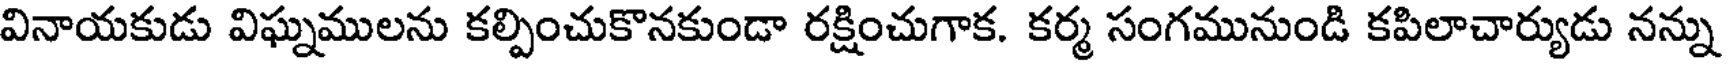
వినాయకుడు విఘ్నములను కల్పించుకొనకుండా రక్షించుగాక. కర్మ సంగమునుండి కపిలాచార్యుడు నన్ను